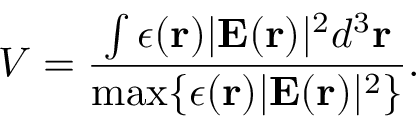
V = \frac { \int \epsilon ( \mathbf { r } ) | \mathbf { E } ( \mathbf { r } ) | ^ { 2 } d ^ { 3 } \mathbf { r } } { \operatorname* { m a x } \{ \epsilon ( \mathbf { r } ) | \mathbf { E } ( \mathbf { r } ) | ^ { 2 } \} } .